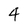
Character: 4